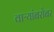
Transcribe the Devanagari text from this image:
वाऱ्यांबरोबर